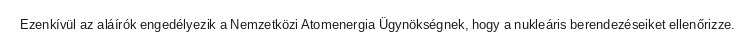
Ezenkívül az aláírók engedélyezik a Nemzetközi Atomenergia Ügynökségnek, hogy a nukleáris berendezéseiket ellenőrizze.